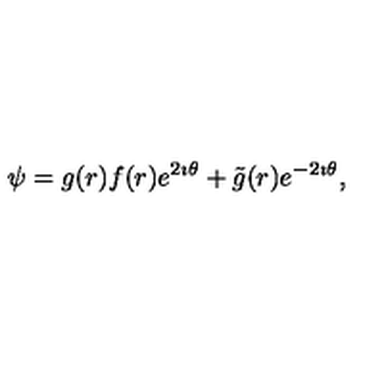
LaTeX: \psi = g ( r ) f ( r ) e ^ { 2 \imath \theta } + \tilde { g } ( r ) e ^ { - 2 \imath \theta } ,